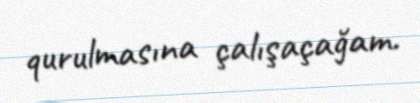
qurulmasına çalışaçağam.